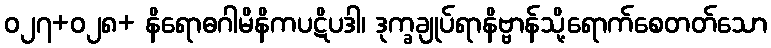
ဝ၂၇+၀၂၈+ နိရောဓဂါမိနိကပဋိပဒါ၊ ဒုက္ခချုပ်ရာနိဗ္ဗာန်သို့ရောက်စေတတ်သော